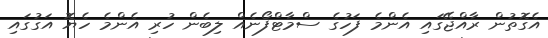
އެގޮތުން ރާއްޖޭގައި އެންމެ ފަހުގެ ސްމާޓްފޯނެއް ލިބެން ހުރި އެންމެ ހެޔޮ އަގުގައި